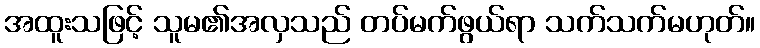
အထူးသဖြင့် သူမ၏အလှသည် တပ်မက်ဖွယ်ရာ သက်သက်မဟုတ်။